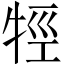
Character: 牼